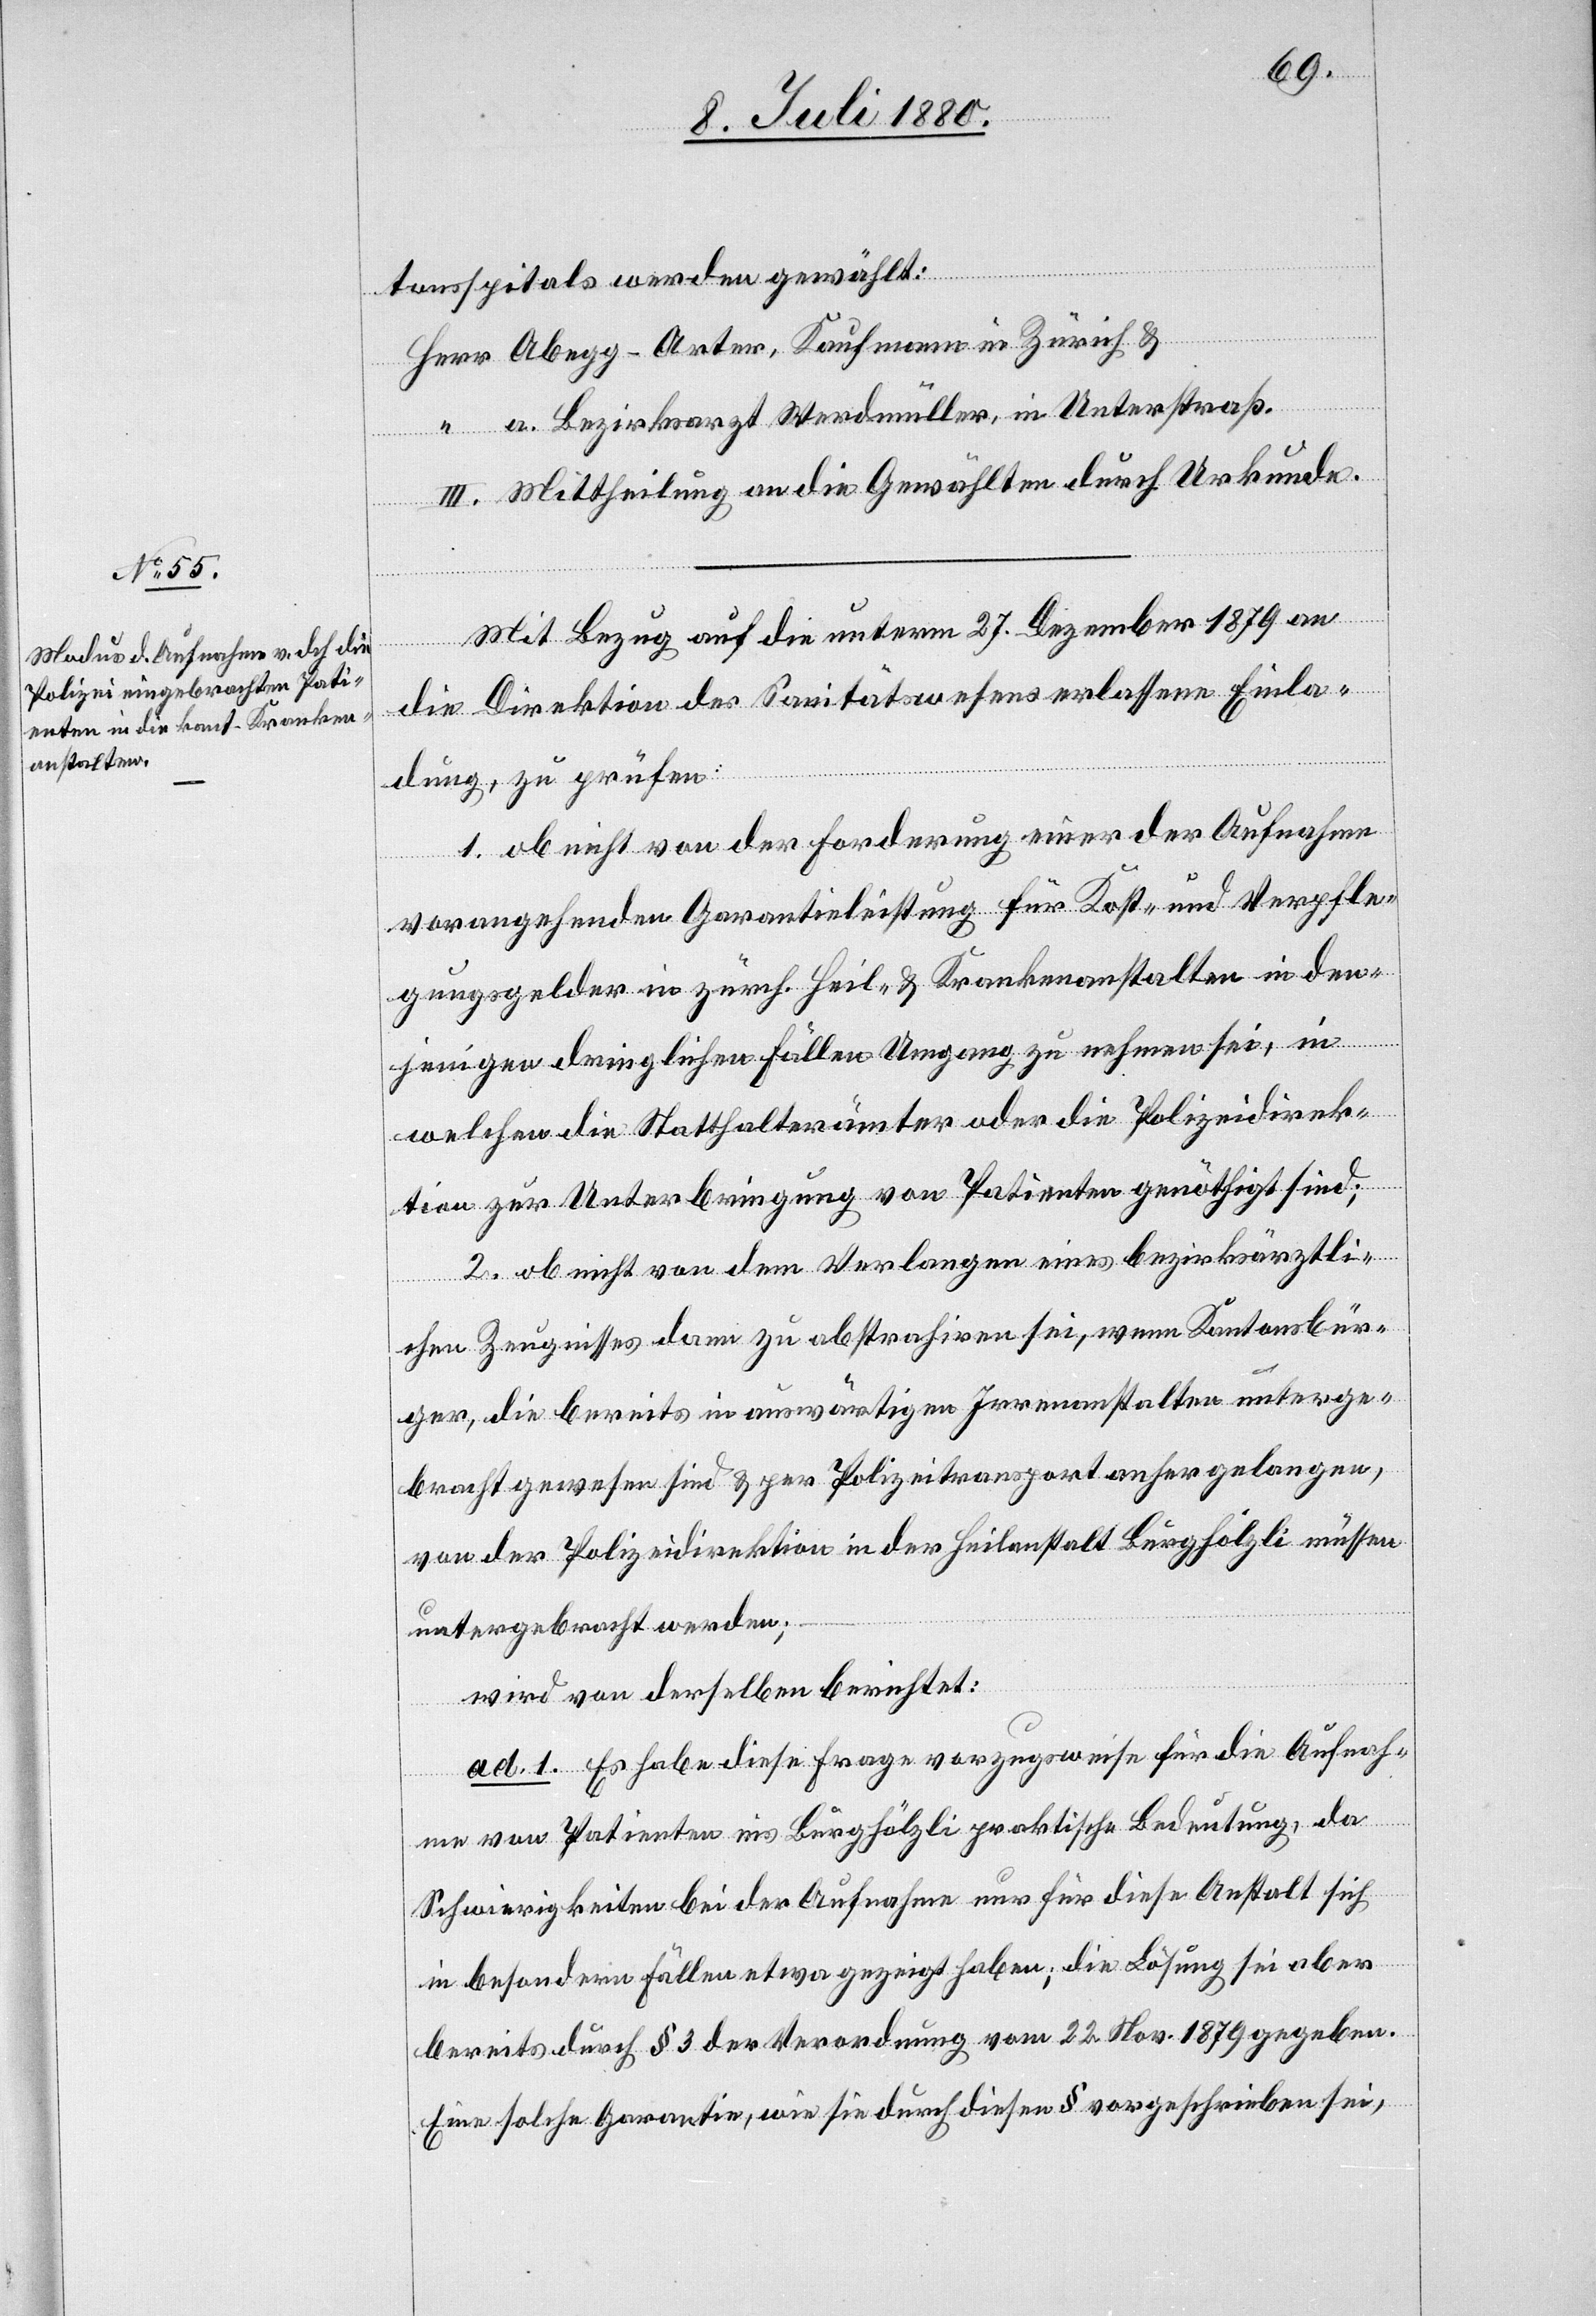
tonsspitals werden gewählt:
Herr Abegg-Arter, Kaufmann in Zürich &
“ a. Bezirksarzt Werdmüller, in Unterstraß.
III. Mittheilung an die Gewählten durch Urkunde.
Mit Bezug auf die unterm 27. Dezember 1879 an
die Direktion des Sanitätswesens erlassene Einla¬
dung, zu prüfen:
1. ob nicht von der Forderung einer der Aufnahme
vorangehenden Garantieleistung für Kost- und Verpfle¬
gungsgelder in zürch. Heil- & Krankenanstalten in den¬
jenigen dringlichen Fällen Umgang zu nehmen sei, in
welchen die Statthalterämter oder die Polizeidirek¬
tion zur Unterbringung von Patienten genöthigt sind;
2. ob nicht von dem Verlangen eines bezirksärztli¬
chen Zeugnisses dann zu abstrahiren sei, wenn Kantonsbür¬
ger, die bereits in auswärtigen Irrenanstalten unterge¬
bracht gewesen sind & per Polizeitransport anhergelangen,
von der Polizeidirektion in der Heilanstalt Burghölzli müssen
untergebracht werden;
wird von derselben berichtet:
ad. 1. Es habe diese Frage vorzugsweise für die Aufnah¬
me von Patienten ins Burghölzli praktische Bedeutung, da
Schwierigkeiten bei der Aufnahme nur für diese Anstalt sich
in besondern Fällen etwa gezeigt haben; die Lösung sei aber
bereits durch § 3 der Verordnung vom 22. Nov. 1879 gegeben.
Eine solche Garantie, wie sie durch diesen § vorgeschrieben sei,